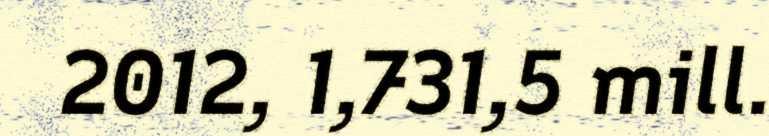
2012, 1,731,5 mill.